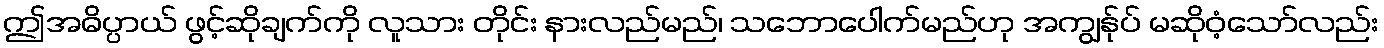
ဤအဓိပ္ပာယ် ဖွင့်ဆိုချက်ကို လူသား တိုင်း နားလည်မည်၊ သဘောပေါက်မည်ဟု အကျွန်ုပ် မဆိုဝံ့သော်လည်း